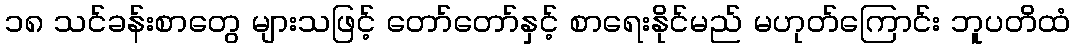
၁၈ သင်ခန်းစာတွေ များသဖြင့် တော်တော်နှင့် စာရေးနိုင်မည် မဟုတ်ကြောင်း ဘူပတိထံ